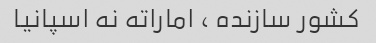
کشور سازنده ، اماراته نه اسپانیا